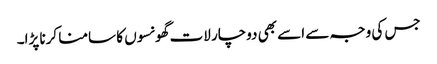
جس کی وجہ سے اسے بھی دوچار لات گھونسوں کا سامنا کرنا پڑا۔